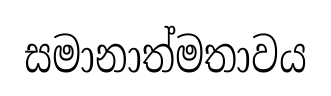
සමානාත්මතාවය